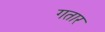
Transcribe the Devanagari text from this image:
गतार